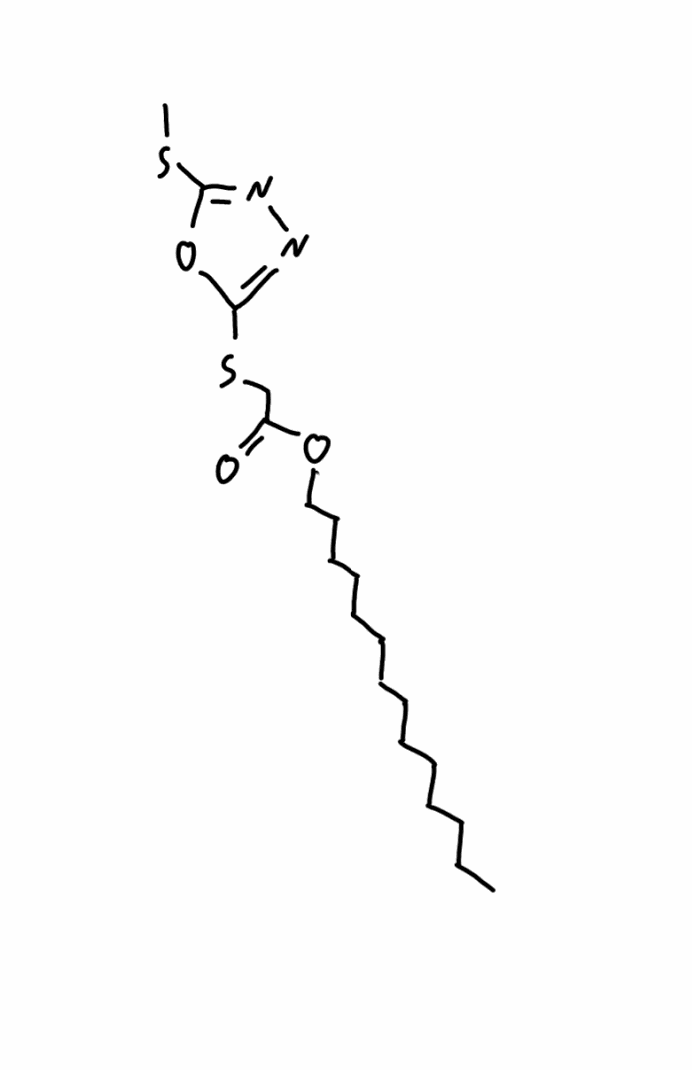
Simplified molecular-input line-entry system (SMILES) notation of the given molecule:
CCCCCCCCCCCCCCOC(=O)CSC1=NN=C(O1)SC